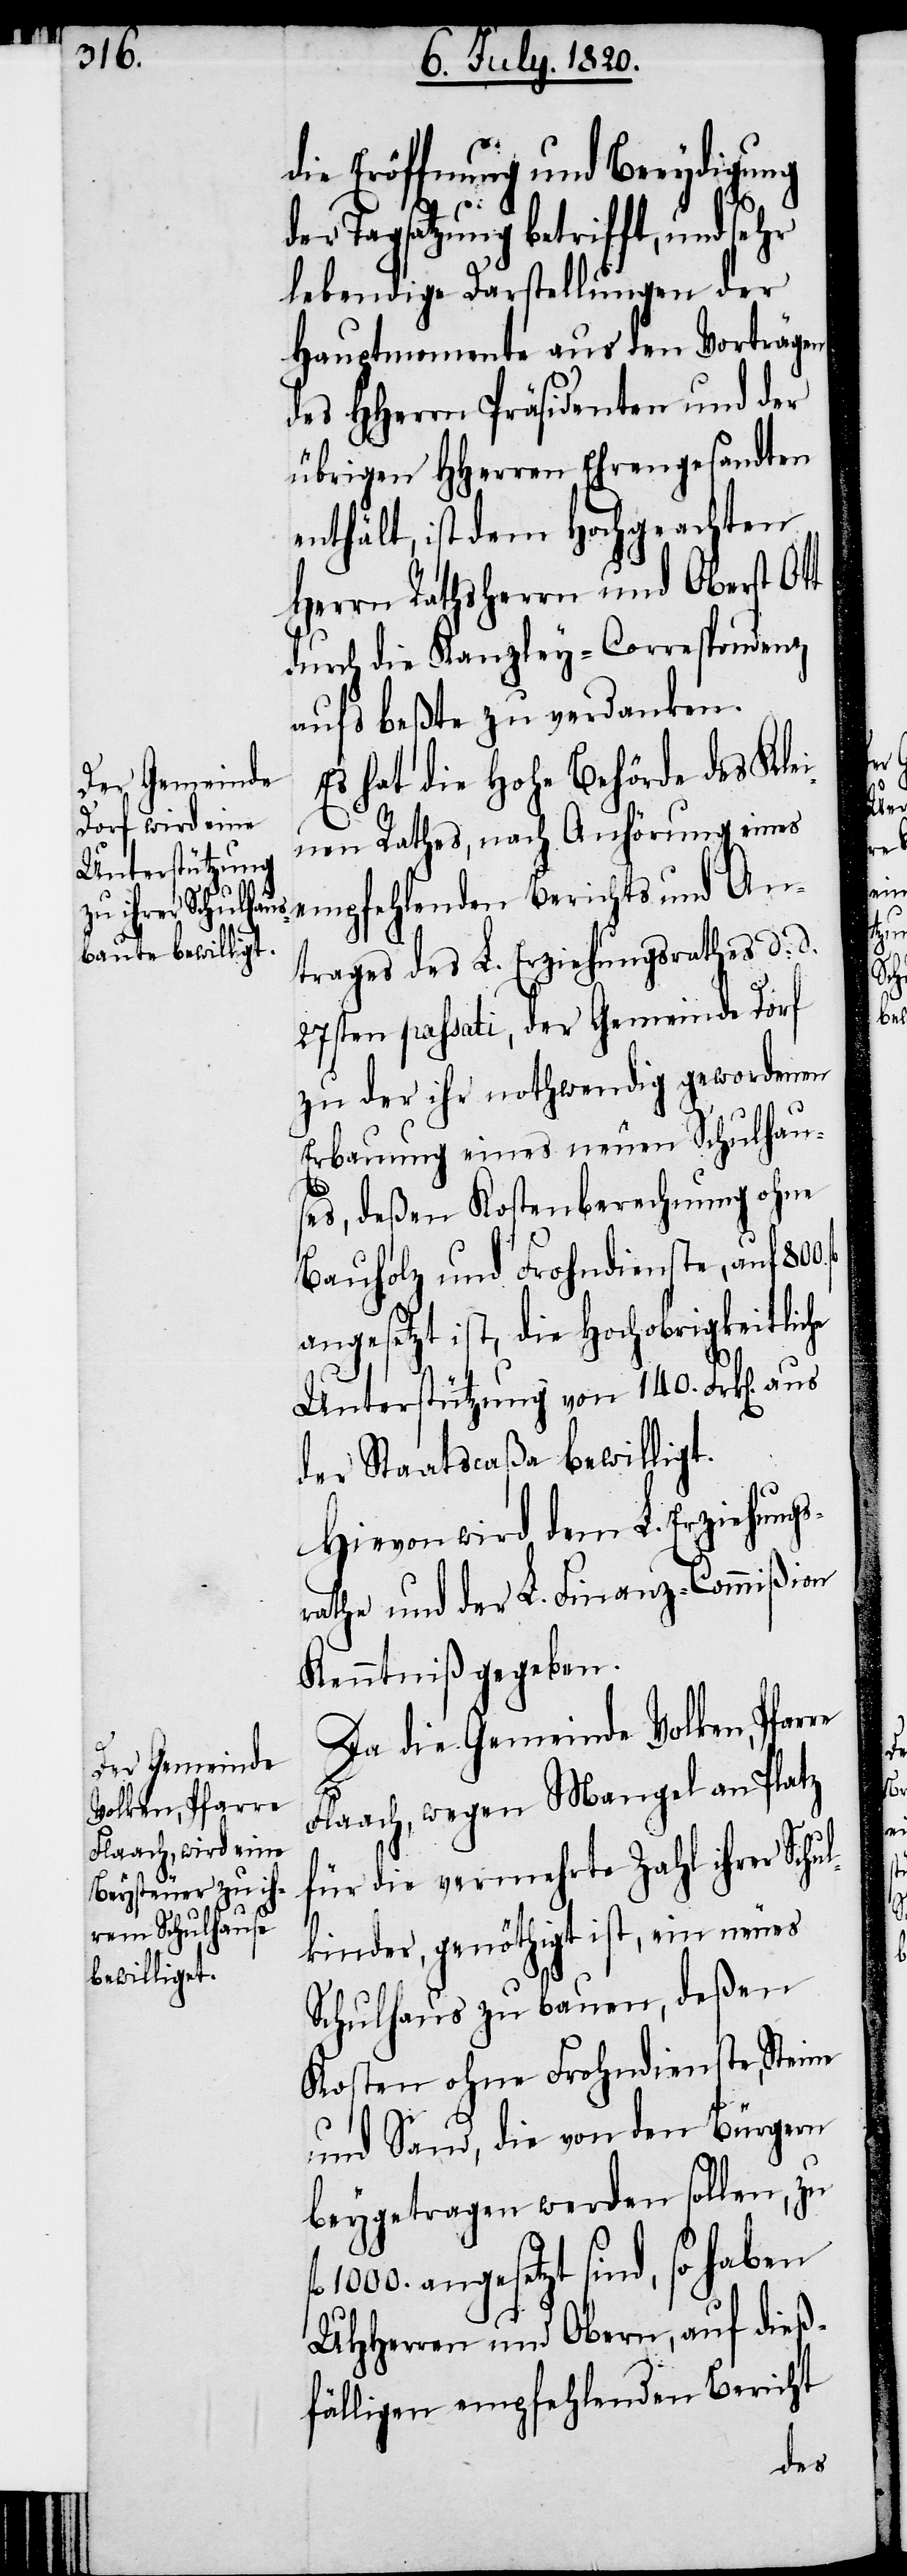
die Eröffnung und Beeydigung
der Tagsatzung betrifft, und sehr
lebendige Darstellungen der
Hauptmomente aus den Vorträgen
des Hherrn Präsidenten und der
übrigen HHerren Ehrengesandten
enthält, ist dem Hochgeachten
Herrn Rathsherrrn und Oberst Ott
durch die Kanzley-Correspondenz
aufs beßte zu verdanken.
Es hat die hohe Behörde des Kle¬
inen Rathes, nach Anhörung eines
trages des L. Erziehungsrathes d. d.
27sten passati, der Gemeinde Dorf
zu der ihr nothwendig gewordene
Erbauung eines neuen Schulhau¬
ses, deßen Kostenberechnung ohne
Bauholz und Frohndienst, auf 800.
angesetzt ist, die Hochobrigkeitliche
Unterstützung von 140. Frk[en].
der Staatscaßa bewilligt.
Hievon wird dem L. Erziehungs¬
rathe und der L. Finanz-Commißion
Kenntniß gegeben.
Da die Gemeinde Volken, Pfar¬
Flaach, wegen Mangel an Platz
für die vermehrte Zahl ihrer Schu¬
lkinder, genöthigt ist, ein neues
Schulhaus zu bauen, deßen
Kosten ohne Frohndienste, Steine
und Sand, die von den Bürgern
beygetragen werden sollen, zu
1000. angesetzt sind, so haben
UHherren und Obern, auf dieß¬
fälligen empfehlenden Bericht

re
An¬